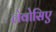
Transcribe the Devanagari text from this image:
लेवोसिए